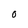
Character: 0